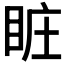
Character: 𥅾